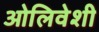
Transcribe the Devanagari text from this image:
ओलिवेशी